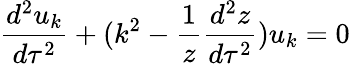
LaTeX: \frac{d^{2}u_{k}}{d\tau^{2}}+(k^{2}-\frac{1}{z}\frac{d^{2}z}{d\tau^{2}})u_{k}=0